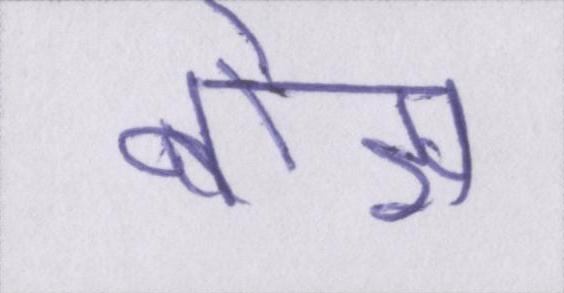
बोझ